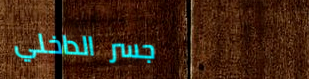
جسر الداخلي